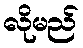
လိုမည်